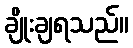
ချိုးချရသည်။